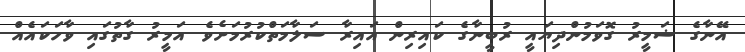
އޭނާގެ ޟަމީރު ގޮވަމުންދިޔައީ ރުބީނާގެ ކައިރިން އައިރާ ސަލާމަތްކުރުމަށެވެ. އަމީރު ގާތުގައި ވާހަކައެއް